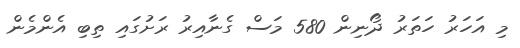
މި އަހަރު ހަތަރު ދޯނިން 580 މަސް ގެނާއިރު ރަށުގައި ތިބި އެންމެން